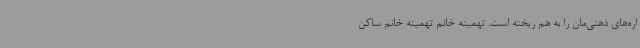
اره‌های ذهنی‌مان را به هم ریخته است. تهمینه خانم تهمینه خانم ساکن